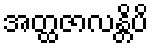
အတ္ထဇာလန္တိပိ